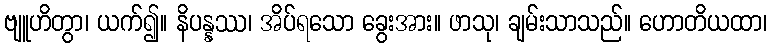
ဗျူဟိတွာ၊ ယက်၍။ နိပန္နဿ၊ အိပ်ရသော ခွေးအား။ ဖာသု၊ ချမ်းသာသည်။ ဟောတိယထာ၊